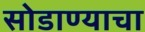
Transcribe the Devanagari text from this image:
सोडाण्याचा